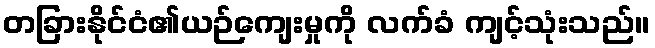
တခြားနိုင်ငံ၏ယဉ်ကျေးမှုကို လက်ခံ ကျင့်သုံးသည်။